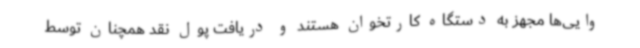
وایی‌ها مجهز به دستگاه کارتخوان هستند و دریافت پول نقد همچنان توسط